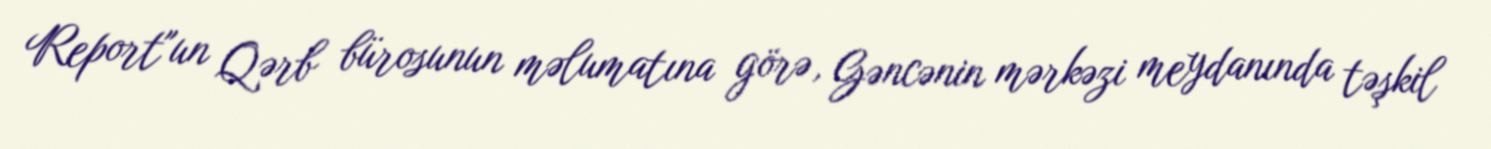
Report"un Qərb bürosunun məlumatına görə, Gəncənin mərkəzi meydanında təşkil